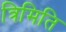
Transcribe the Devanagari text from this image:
त्रिमिति